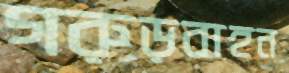
গরুড়বাহন